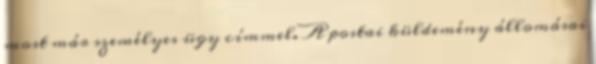
most már személyes ügy címmel. A postai küldemény állomásai